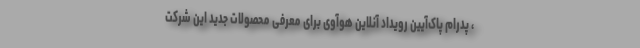
، پدرام پاک‌آیین رویداد آنلاین هوآوی برای معرفی محصولات جدید این شرکت